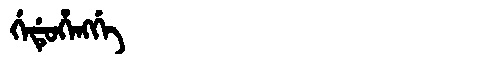
Manchu: ᡤᡝᡩᡠᡥᡝᠩᡤᡝ
Romanization: GEDUHENGGE